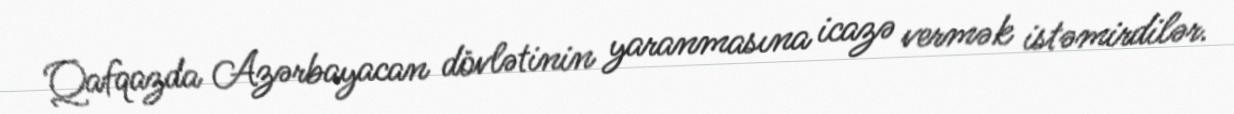
Qafqazda Azərbayacan dövlətinin yaranmasına icazə vermək istəmirdilər.